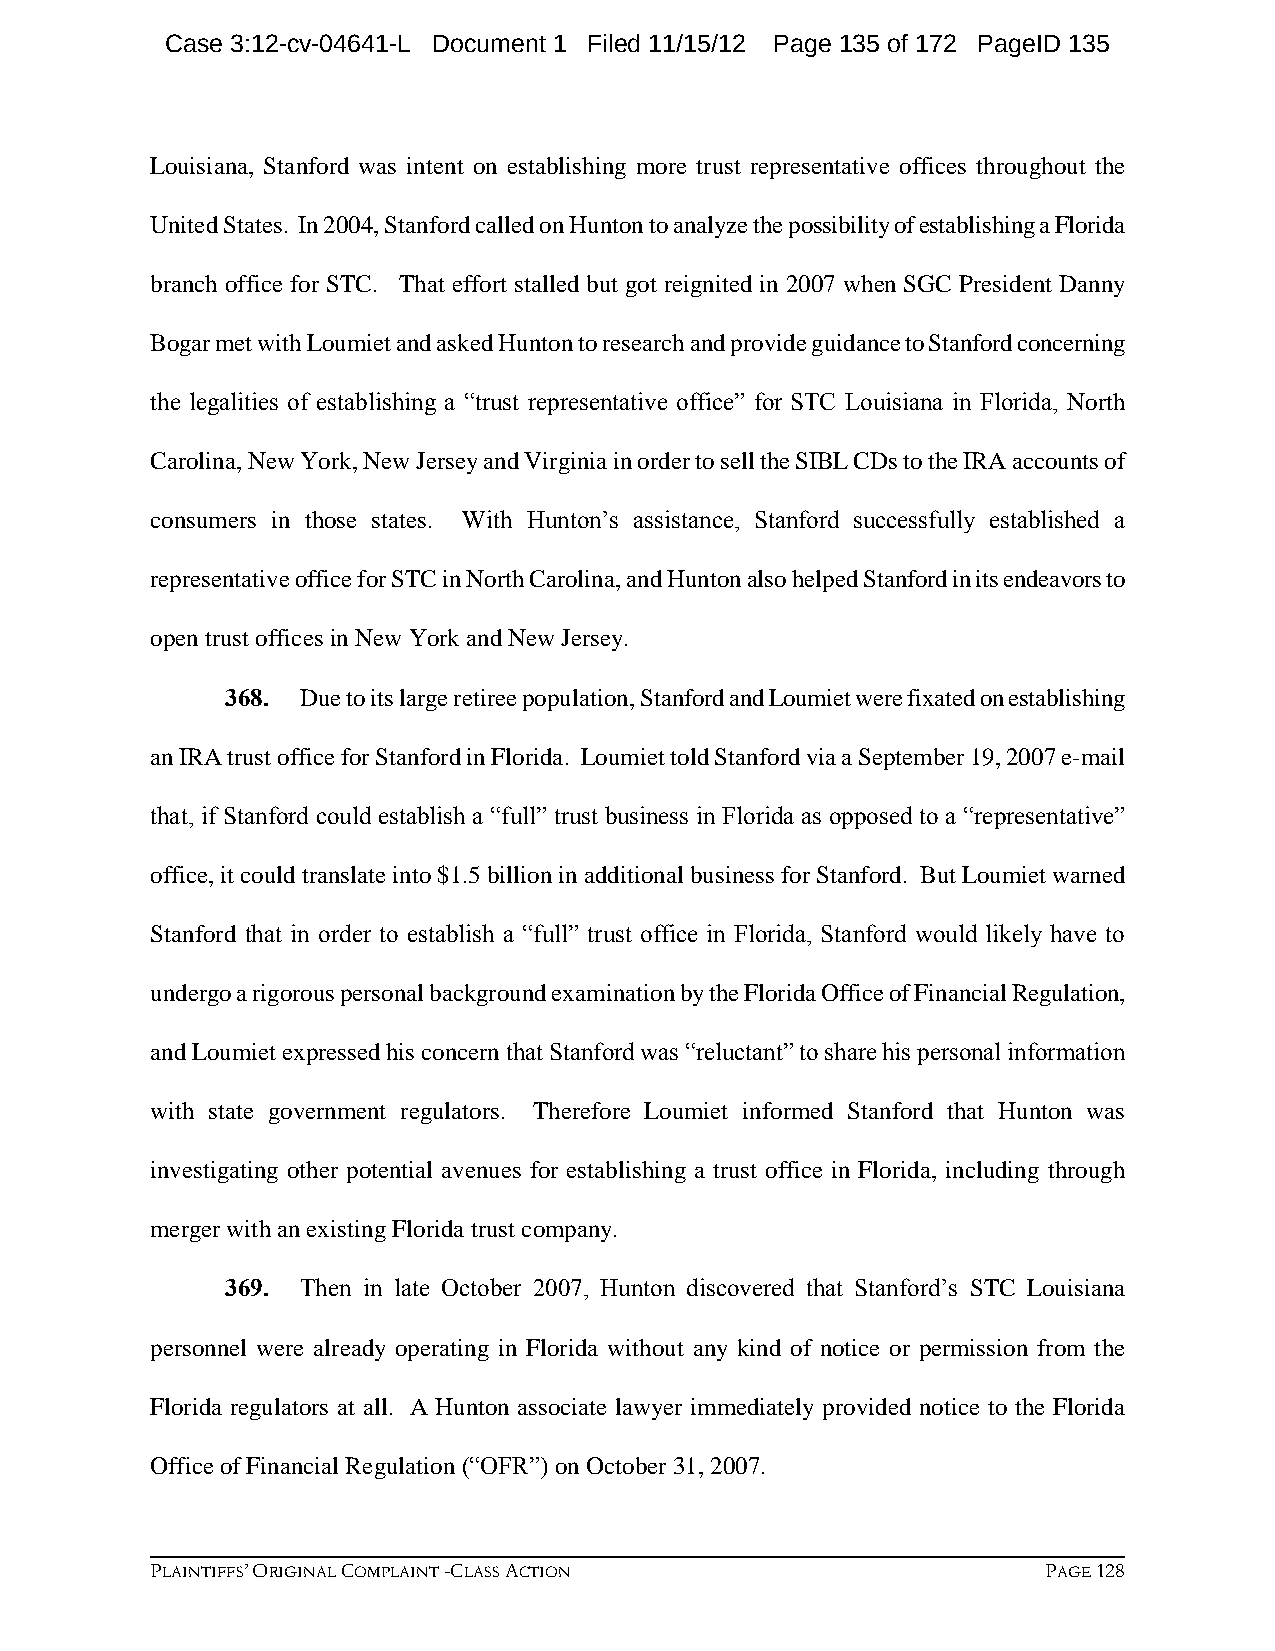
Case 3:12-cv-04641-L Document 1 Filed 11/15/12 Page 135 of 172 PageID 135
 Louisiana, Stanford was intent on establishing more trust representative offices throughout the
 United States. In 2004, Stanford called on Hunton to analyze the possibility of establishing a Florida
 branch office for STC. That effort stalled but got reignited in 2007 when SGC President Danny
 Bogar met with Loumiet and asked Hunton to research and provide guidance to Stanford concerning
 the legalities of establishing a “trust representative office” for STC Louisiana in Florida, North
 Carolina, New York, New Jersey and Virginia in order to sell the SIBL CDs to the IRA accounts of
 consumers in those states. With Hunton’s assistance, Stanford successfully established a
 representative office for STC in North Carolina, and Hunton also helped Stanford in its endeavors to
 open trust offices in New York and New Jersey.
 368. Due to its large retiree population, Stanford and Loumiet were fixated on establishing
 an IRA trust office for Stanford in Florida. Loumiet told Stanford via a September 19, 2007 e-mail
 that, if Stanford could establish a “full” trust business in Florida as opposed to a “representative”
 office, it could translate into $1.5 billion in additional business for Stanford. But Loumiet warned
 Stanford that in order to establish a “full” trust office in Florida, Stanford would likely have to
 undergo a rigorous personal background examination by the Florida Office of Financial Regulation,
 and Loumiet expressed his concern that Stanford was “reluctant” to share his personal information
 with state government regulators. Therefore Loumiet informed Stanford that Hunton was
 investigating other potential avenues for establishing a trust office in Florida, including through
 merger with an existing Florida trust company.
 369. Then in late October 2007, Hunton discovered that Stanford’s STC Louisiana
 personnel were already operating in Florida without any kind of notice or permission from the
 Florida regulators at all. A Hunton associate lawyer immediately provided notice to the Florida
 Office of Financial Regulation (“OFR”) on October 31, 2007.
 PLAINTIFFS’ ORIGINAL COMPLAINT -CLASS ACTION               PAGE 128